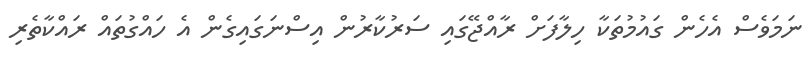
ނަމަވެސް އެހެން ގައުމުތަކާ ހިލާފަށް ރާއްޖޭގައި ސަރުކާރުން އިސްނަގައިގެން އެ ހައްގުތައް ރައްކާތެރި